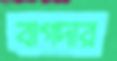
বাগদার